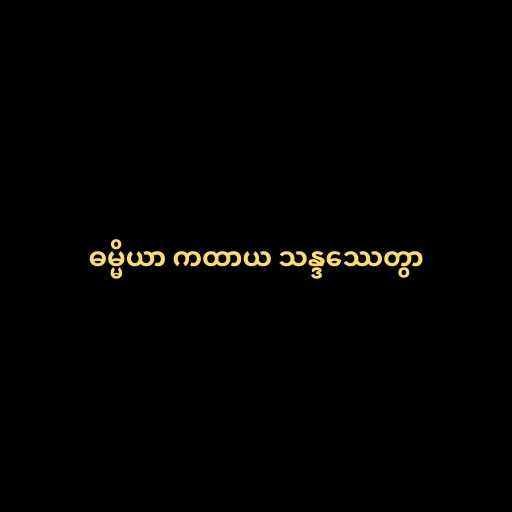
ဓမ္မိယာ ကထာယ သန္ဒဿေတွာ